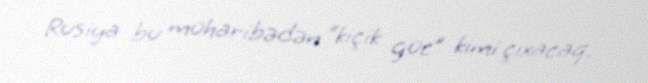
Rusiya bu müharibədən “kiçik güc” kimi çıxacaq.